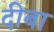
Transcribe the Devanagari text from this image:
दीबा